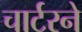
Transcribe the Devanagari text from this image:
चार्टरने